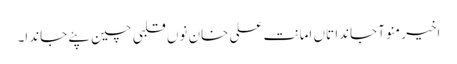
اخیر منو آ جاندا تاں امانت علی خان نوں قلبی چین پئے جاندا۔